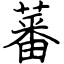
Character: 蕃